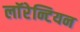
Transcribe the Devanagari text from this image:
लाॅरेन्टियन